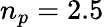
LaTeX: n_{p}=2.5